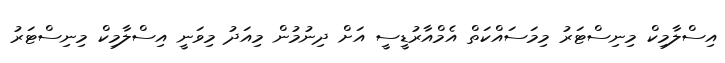
އިސްލާމިކް މިނިސްޓަރު މިމަސައްކަތް އެމްއާރުޑީސީ އަށް ދިނުމުން މިއަދު މިވަނީ އިސްލާމިކް މިނިސްޓަރު